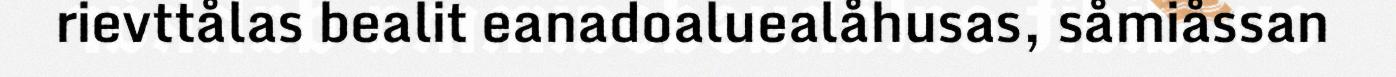
rievttålas bealit eanadoaluealåhusas, såmiåssan